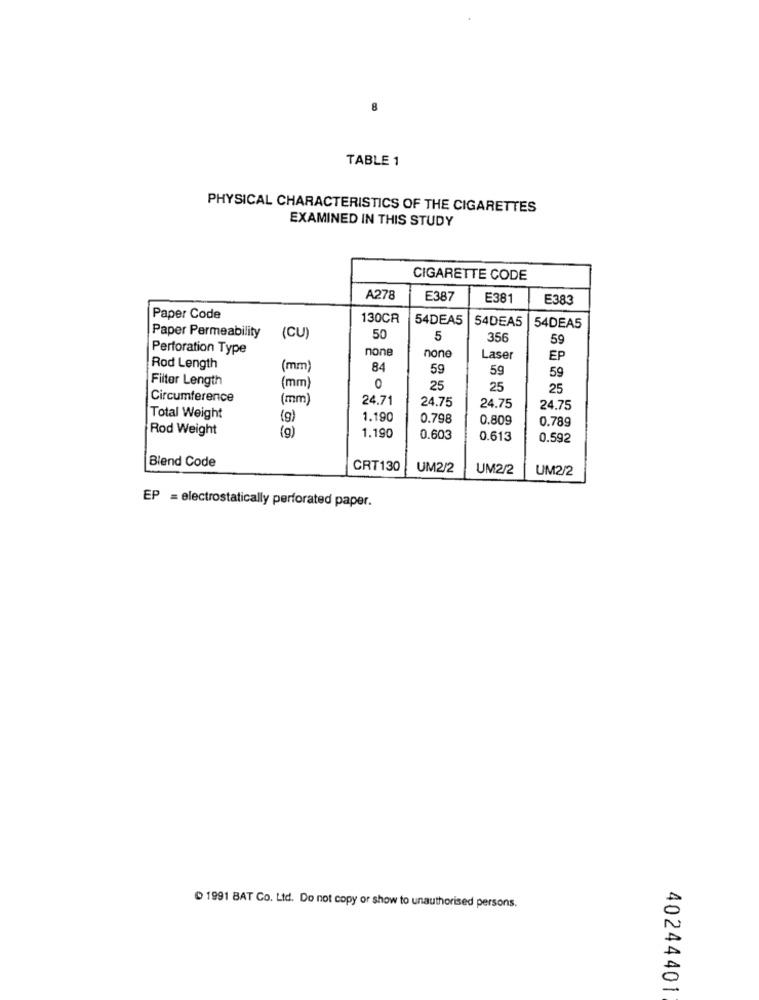
TABLE 1
PHYSICAL CHARACTERISTICS OF THE CIGARETTES
EXAMINED IN THIS STUDY
CIGARETTE CODE
A278
E387
E381
E383
Paper Code
130CR
54DEA5
54DEA5
54DEA5
Paper Permeability
(CU)
50
5
356
59
Perforation Type
none
none
Laser
EP
Rod Length
(mm)
84
59
59
59
Filter Length
(mm)
0
25
25
25
Circumference
(mm)
24.71
24.75
24.75
24.75
Total Weight
(g)
1.190
0.798
0.809
0.789
Rod Weight
(9)
1.190
0.603
0.613
0.592
Blend Code
CRT130
UM2/2
UM2/2
UM2/2
EP = electrostatically perforated paper.
1991 BAT Co. Ltd. Do not copy or show to unauthorised persons.
A
0
40244401